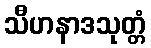
သီဟနာဒသုတ္တံ